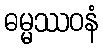
ဓမ္မဿဝနံ